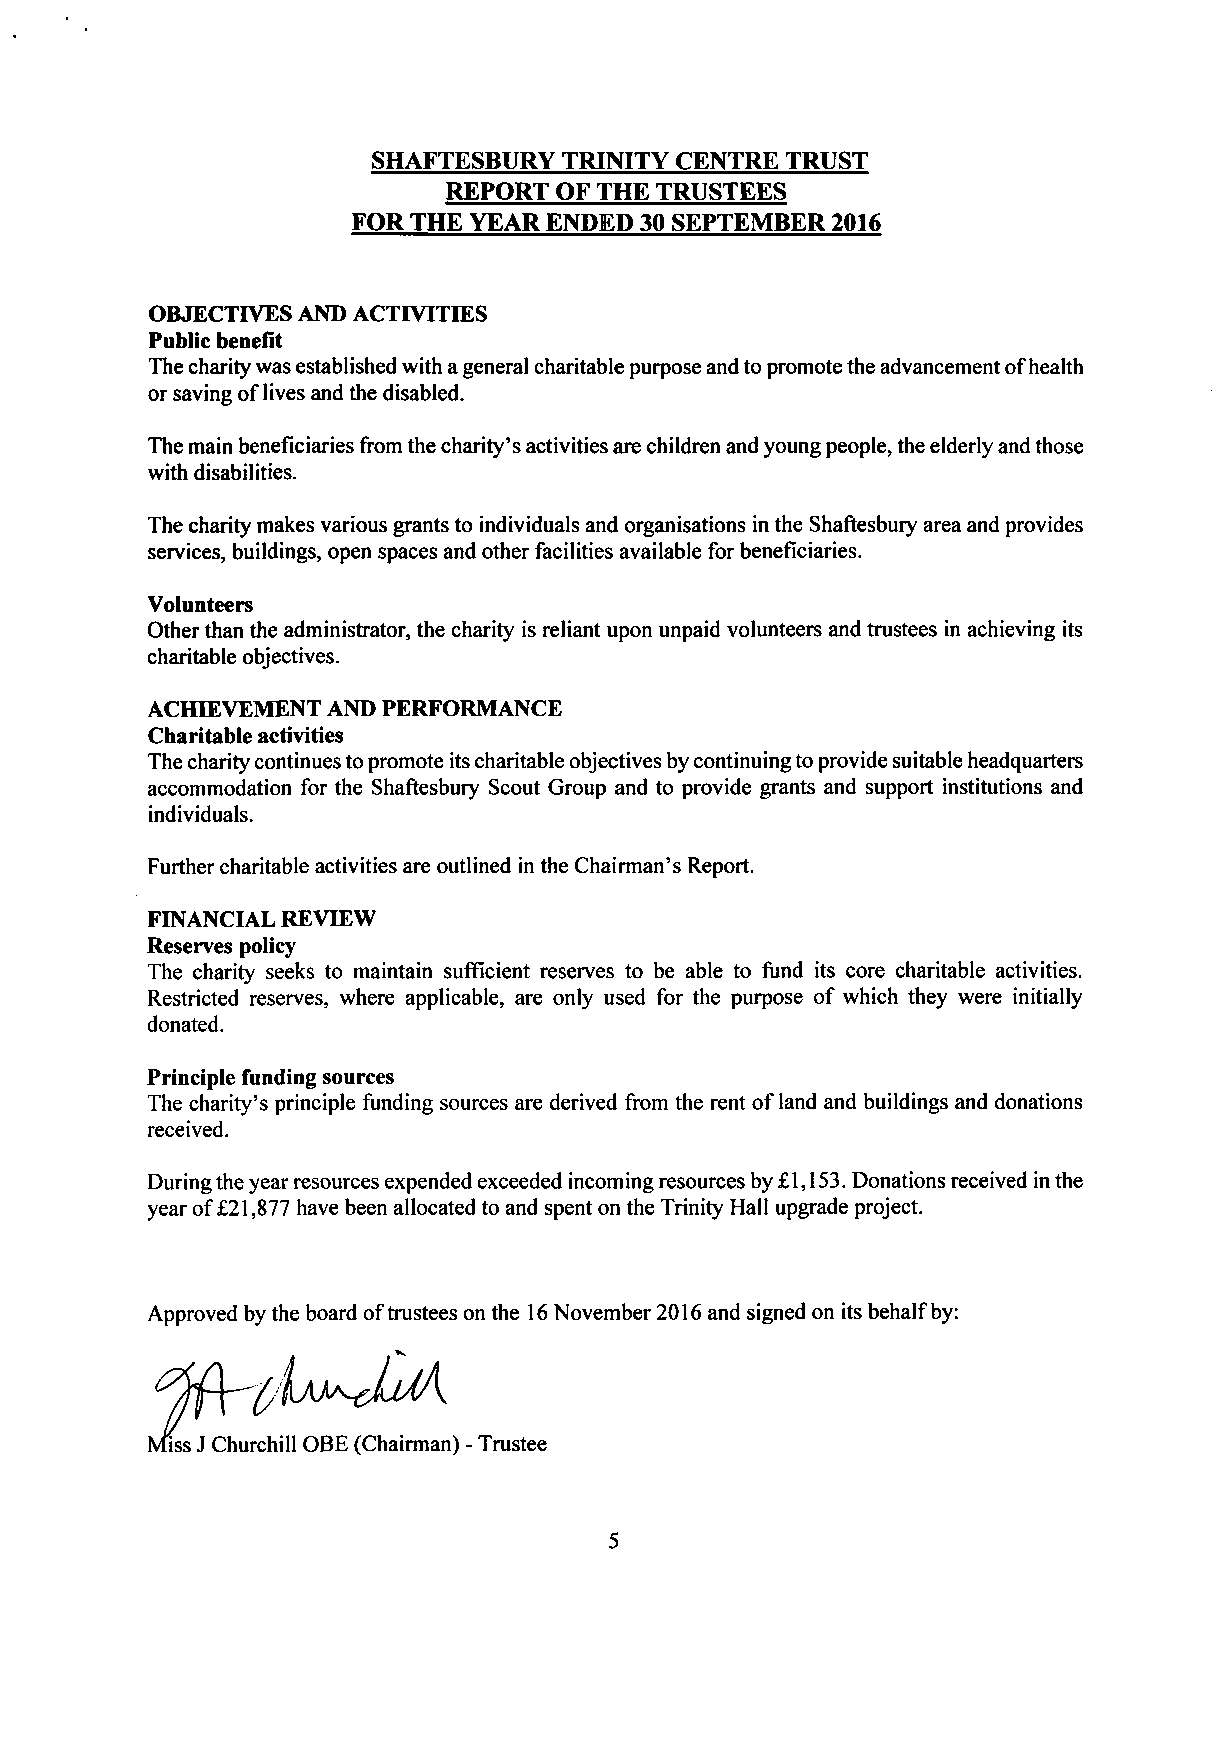
SHAFTESBURY TRINITY CENTRE TRUST
 REPORT OF THE TRUSTEES
 FOR THE YEAR ENDED 30 SEPTEMBER 2016
 OBJECTIVES AND ACTIVITIES
 Public benefit
 The charity was established with a general charitable purpose and to promote the advancement of health
 or saving of lives and the disabled.
 The main beneficiaries from the charity's activities are children and young people, the elderly and those
 with disabilities.
 The charity makes various grants to individuals and organisations in the Shaftesbury area and provides
 services, buildings, open spaces and other facilities available for beneficiaries.
 Volunteers
 Other than the administrator, the charity is reliant upon unpaid volunteers and trustees in achieving its
 charitable objectives.
 ACHIEVEMENT AND PERFORMANCE
 Charitable activities
 The charity continues to promote its charitable objectives by continuing to provide suitable headquarters
 accommodation for the Shaftesbury Scout Group and to provide grants and support institutions and
 individuals.
 Further charitable activities are outlined in the Chairman's Report.
 FINANCIAL REVIEW
 Reserves policy
 The charity seeks to maintain sufficient reserves to be able to fund its core charitable activities.
 Restricted reserves, where applicable, are only used for the purpose of which they were initially
 donated.
 Principle funding sources
 The charity's principle funding sources are derived from the rent of land and buildings and donations
 received.
 During the year resources expended exceeded incoming resources by £1,153. Donations received in the
 year of £21,877 have been allocated to and spent on the Trinity Hall upgrade project.
 Approved by the board of trustees on the 16 November 2016 and signed on its behalf by:
 5